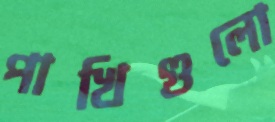
পাখিগুলো